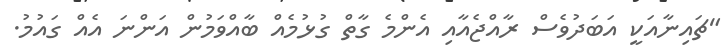
"ޗައިނާއަކީ އަބަދުވެސް ރާއްޖެއާއި އެންމެ ގާތް ގުޅުމެއް ބާއްވަމުން އަންނަ އެއް ގައުމު.